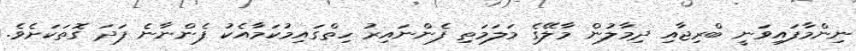
ނިންމާފައިވަނީ ބްރިޖާއި ދިމާލުން މާާލޭގެ މަލަމަތި ފެންނައިރު ހިތްގައިމުކަމާއެކު ފެންނާނެ ފަދަ ގޮތަކަށެވެ.